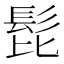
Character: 𩬈